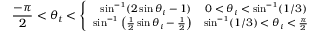
\small \frac { - \pi } { 2 } < \theta _ { t } < \left\{ \begin{array} { r c r } { \sin ^ { - 1 } ( 2 \sin \theta _ { i } - 1 ) } & { 0 < \theta _ { i } < \sin ^ { - 1 } ( 1 / 3 ) } \\ { \sin ^ { - 1 } \left( \frac { 1 } { 2 } \sin \theta _ { i } - \frac { 1 } { 2 } \right) } & { \sin ^ { - 1 } ( 1 / 3 ) < \theta _ { i } < \frac { \pi } { 2 } } \end{array} \right.